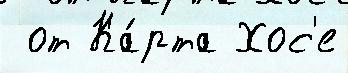
 от Ка́рта Хос'е